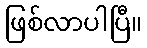
ဖြစ်လာပါပြီ။